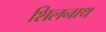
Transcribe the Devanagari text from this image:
शिलनाथ